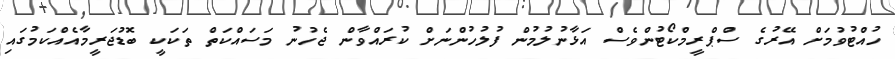
ހުއްޓުވުމަށް އޭރުގެ ސްޕްރީމްކޯޓުންވެސް އަޅާނުލުމުން ފުލުހުންނަށް ކުރައްވާން ޖެހުނު މަސައްކަތް ތަކަކީ ބޮޑުޖަރީމާއެއްކަމުގައި